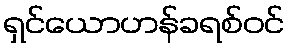
ရှင်ယောဟန်ခရစ်ဝင်